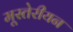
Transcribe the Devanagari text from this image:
मूस्तेरीयन